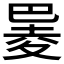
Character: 𪩮